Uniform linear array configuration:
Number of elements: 24
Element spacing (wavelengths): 0.75
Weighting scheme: hann
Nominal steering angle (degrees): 0
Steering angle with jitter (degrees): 1.828
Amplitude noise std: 0.05
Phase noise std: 0.05

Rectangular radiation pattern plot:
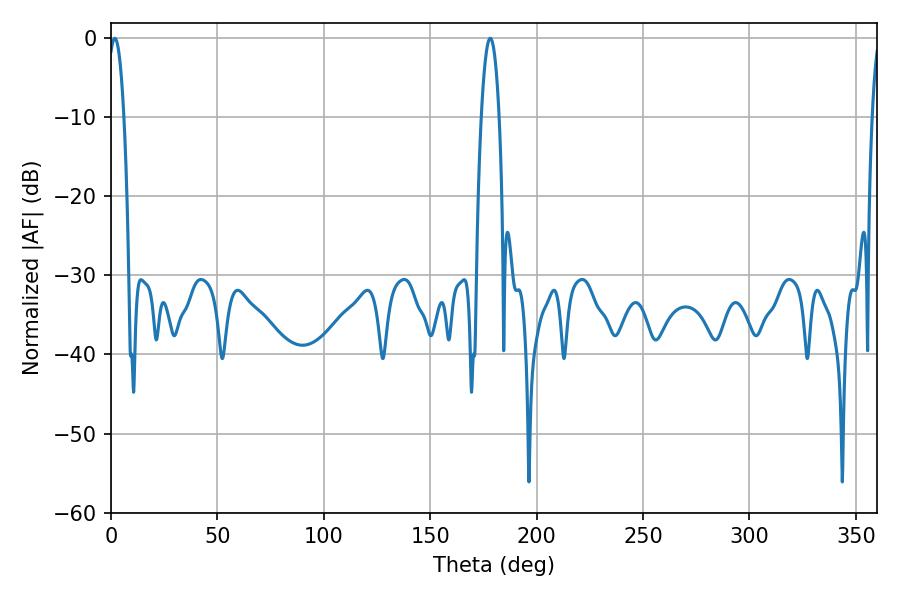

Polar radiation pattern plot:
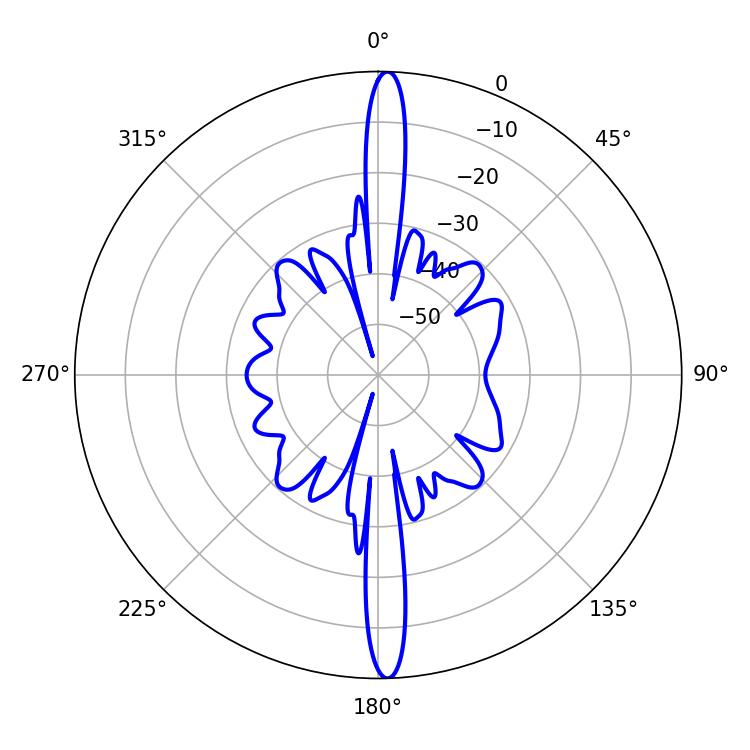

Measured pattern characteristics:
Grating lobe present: TRUE
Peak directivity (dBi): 25.551
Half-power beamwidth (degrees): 4.14
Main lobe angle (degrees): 1.8